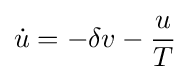
{\dot {u}}=-\delta v-{\frac {u}{T}}